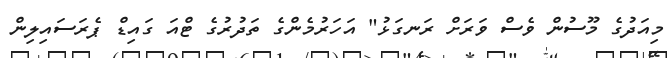
މިއަދުގެ މޫސުން ވެސް ވަރަށް ރަނގަޅު" އަހަރުމެންގެ ތަދުރުގެ ޓްއަ ގައިޑް ޕެރަސައިލިން